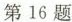
第16题